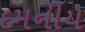
દમનીય